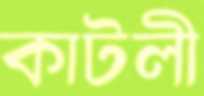
কাটলী